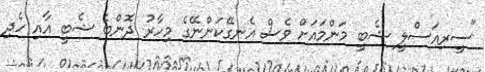
"ސީރިއަސްލީ ޝެބީ މަންމައަށް ވެސް އެނގޭކަންނޭގެ މިހާރު ދޮންބެ ޝެބީ އާއި ހެދި